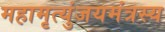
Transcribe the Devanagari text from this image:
महामृत्युंजयमंत्रस्य